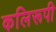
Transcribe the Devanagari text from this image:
कलिरूपी